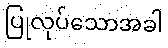
ပြုလုပ်သောအခါ